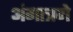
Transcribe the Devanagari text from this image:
अंगात्रणे